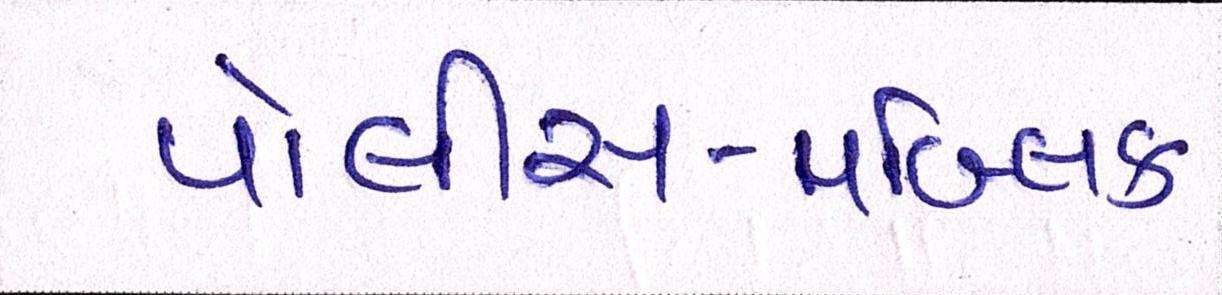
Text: પોલીસ-પબ્લિક